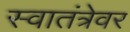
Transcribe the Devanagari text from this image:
स्वातंत्रेवर